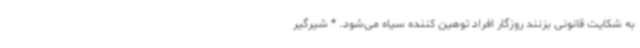
به شکایت قانونی بزنند روزگار افراد توهین کننده سیاه می‌شود. * شیرگیر